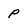
Character: p